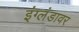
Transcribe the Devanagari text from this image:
इंग्लंडावर